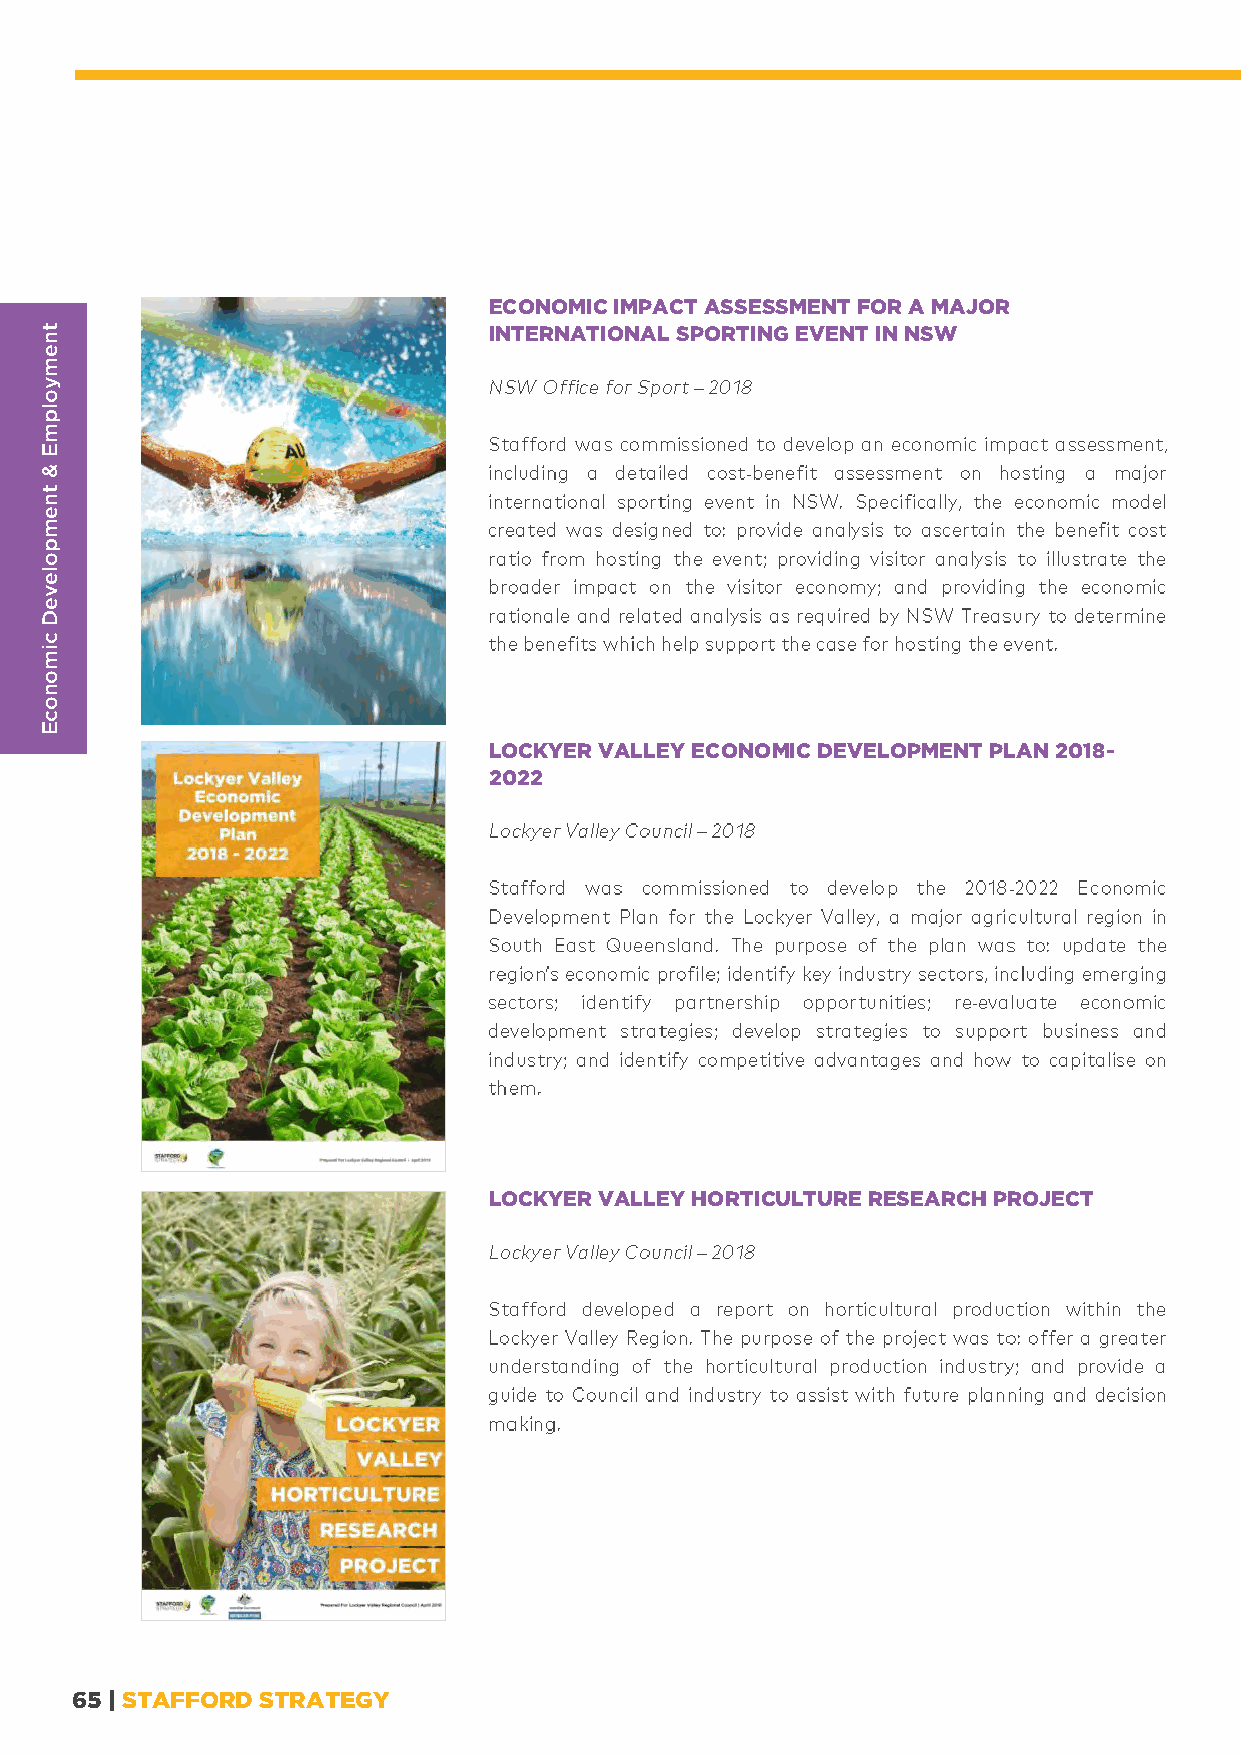
ECONOMIC IMPACT ASSESSMENT FOR A MAJOR
 INTERNATIONAL SPORTING EVENT IN NSW
 -
 LOCKYER VALLEY ECONOMIC DEVELOPMENT PLAN 2018-
 2022
 -
 -
 LOCKYER VALLEY HORTICULTURE RESEARCH PROJECT
 65 | STAFFORD STRATEGY
 tnemyolpmE
 &
 tnempoleveD
 cimonocE